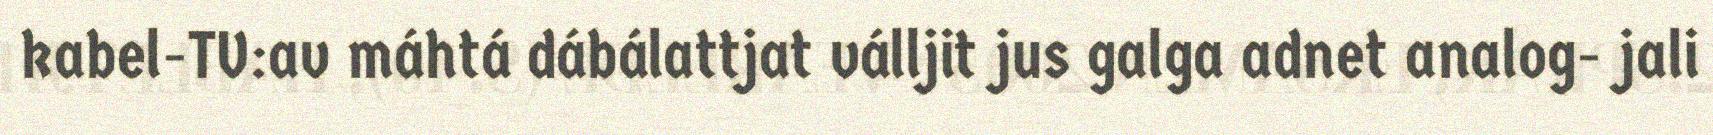
kabel-TV:av máhtá dábálattjat válljit jus galga adnet analog- jali